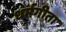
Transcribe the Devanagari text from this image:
धर्मगीता